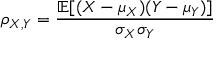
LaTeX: \rho _ { X , Y } = { \frac { \operatorname { \mathbb { E } } [ ( X - \mu _ { X } ) ( Y - \mu _ { Y } ) ] } { \sigma _ { X } \sigma _ { Y } } }